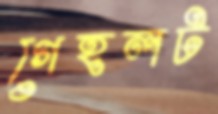
গেহলট